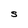
Character: s